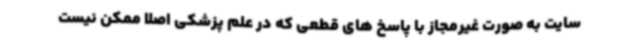
سایت به صورت غیرمجاز با پاسخ های قطعی که در علم پزشکی اصلا ممکن نیست